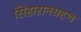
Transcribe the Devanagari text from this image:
सिंहासनग्रहण